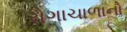
રોગાચાળાનો